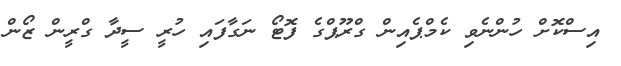
އިސްކޮށް ހުންނެވި ކެމްޕެއިން ގްރޫޕްގެ ފޮޓޯ ނަގާފައި ހުރީ ސީދާ ގްރީން ޒޯން